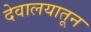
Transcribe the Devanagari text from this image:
देवालयातून